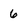
Character: 6